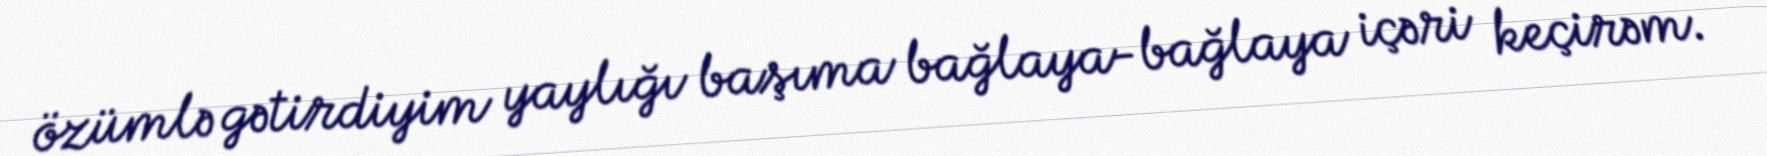
özümlə gətirdiyim yaylığı başıma bağlaya-bağlaya içəri keçirəm.